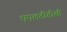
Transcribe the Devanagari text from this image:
एएलटीटीसी